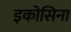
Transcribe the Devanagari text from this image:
इकोसिना